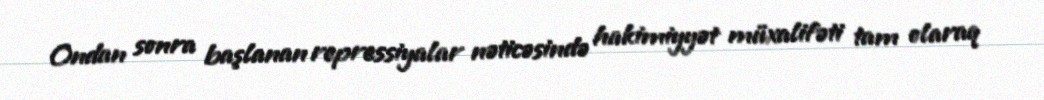
Ondan sonra başlanan repressiyalar nəticəsində hakimiyyət müxalifəti tam olaraq